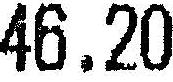
46.20